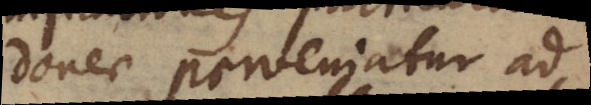
donec perveniatur ad